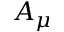
A _ { \mu }